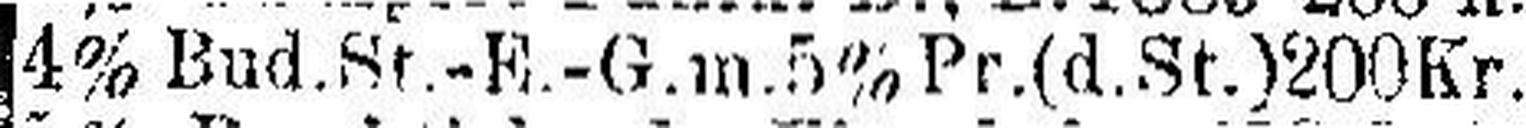
4% Bud.St.-E.-G.m.5% Pr.(d.St.)200Kr.